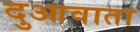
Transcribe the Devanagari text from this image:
दुआवाता